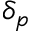
\delta _ { p }